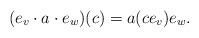
LaTeX: \begin{align*} (e_v \cdot a \cdot e_w) (c) = a(ce_v ) e_w. \end{align*}